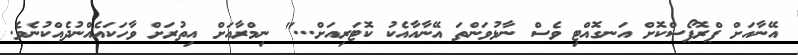
އޭނާއަށް ޕްރޮޕޯސްކޮށް އަނގޮއްޓި ވެސް ނާޅުވަންތަ އޭނާއާއެކު ކޮޓަރިއަށް..." ނިމްރާއަށް އިތުރަށް ވާހަކައެއްނުދެއްކުނެވެ.